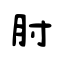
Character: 肘